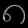
Digit: ၈